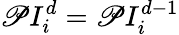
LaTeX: \mathscr{P}I_{i}^{d}=\mathscr{P}I_{i}^{d-1}